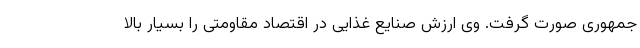
جمهوری صورت گرفت. وی ارزش صنایع غذایی در اقتصاد مقاومتی را بسیار بالا